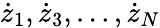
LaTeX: {\dot{z}}_{1},{\dot{z}}_{3},\dots,{\dot{z}}_{N}